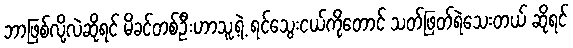
ဘာဖြစ်လို့လဲဆိုရင် မိခင်တစ်ဦးဟာသူ့ရဲ့ ရင်သွေးငယ်ကိုတောင် သတ်ဖြတ်ရဲသေးတယ် ဆိုရင်